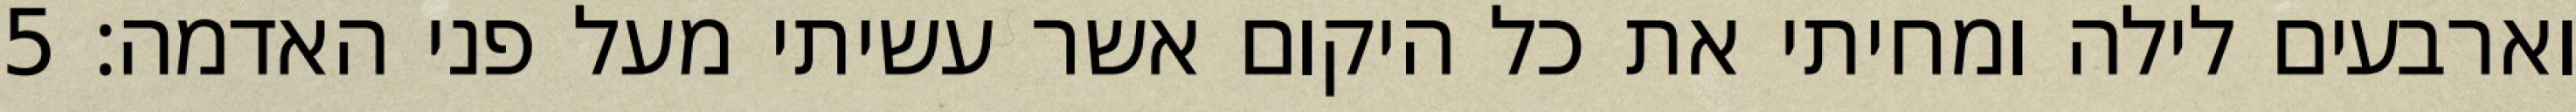
וארבעים לילה ומחיתי את כל היקום אשר עשיתי מעל פני האדמה׃ ‎5‏